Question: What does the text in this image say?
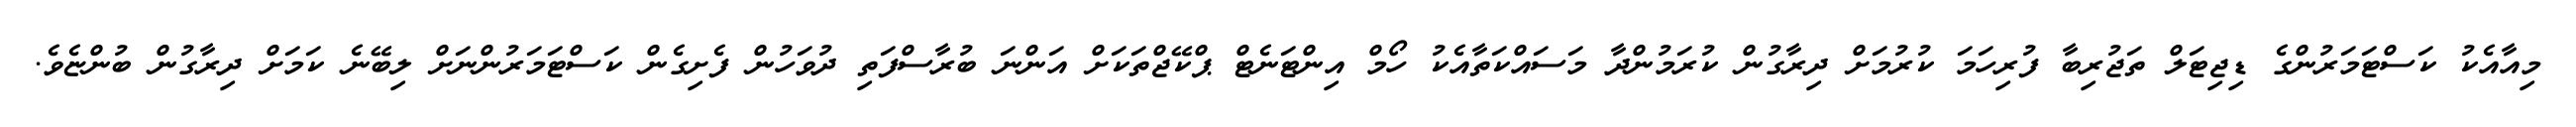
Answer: މިއާއެކު ކަސްޓަމަރުންގެ ޑިޖިޓަލް ތަޖުރިބާ ފުރިހަމަ ކުރުމަށް ދިރާގުން ކުރަމުންދާ މަސައްކަތާއެކު ހޯމް އިންޓަނެޓް ޕްކޭޖްތަކަށް އަންނަ ބުރާސްފަތި ދުވަހުން ފެށިގެން ކަސްޓަމަރުންނަށް ލިބޭނެ ކަމަށް ދިރާގުން ބުންޏެވެ.